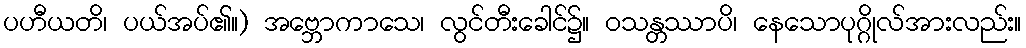
ပဟီယတိ၊ ပယ်အပ်၏။) အဗ္ဘောကာသေ၊ လွင်တီးခေါင်၌။ ဝသန္တဿာပိ၊ နေသောပုဂ္ဂိုလ်အားလည်း။